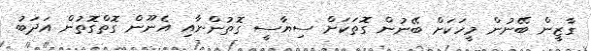
ގާޒީން ބޭނުން މީހަކަށް ބޭނުން ގޮތަކަށް ސިޔާސީ ގޮތުންނާއި އެނޫން ގޮތްގޮތުން އަދަބު